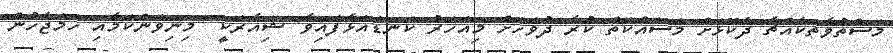
މަސްތުވާތަކެއްޗާ ދެކޮޅަށް މަސައްކަތް ކުރާ ދުވަހަށް މިއަހަރު ކަނޑައަޅާފައިވާ ޝިއާރަކީ "މިނިވަންކަމާއި ހަމަޖެހުން